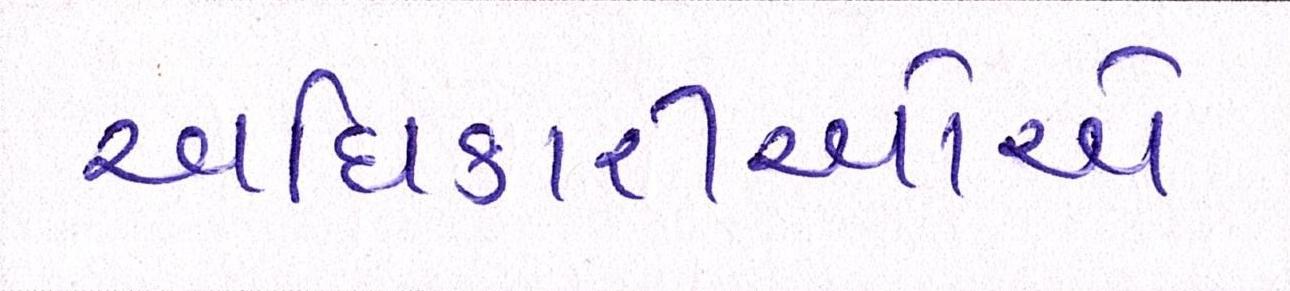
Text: અધિકારીઓએ